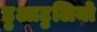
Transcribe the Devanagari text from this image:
हुआटुलियो